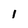
Character: 1